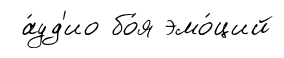
а́уд'ио бо́я эмо́ций